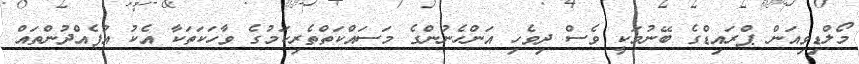
މޯލްޑިވިއަން ޕްރައިޑްގެ ބޭނުމަކީ ވެސް ދިވެހި އަންހެނުންގެ މަސައްކަތްތެރިކަމުގެ ވާހަކަތަކާ އެކު އުފެއްދުންތައް